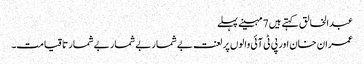
عبدالخالق کہتے ہیں 7 مہینے پہلے
عمران خان اور پی ٹی آئی والوں پر لعنت بےشمار بےشمار بےشمار تاقیامت۔